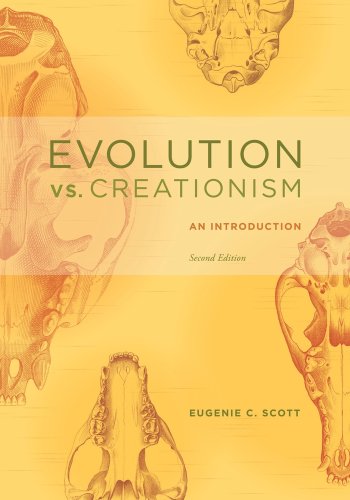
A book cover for Evolution vs. Creationism: An Introduction; Eugenie C. Scott; Christian Books & Bibles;